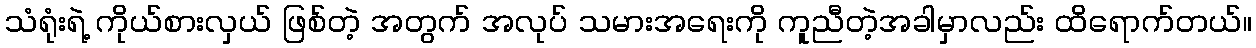
သံရုံးရဲ့ ကိုယ်စားလှယ် ဖြစ်တဲ့ အတွက် အလုပ် သမားအရေးကို ကူညီတဲ့အခါမှာလည်း ထိရောက်တယ်။